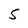
Character: S